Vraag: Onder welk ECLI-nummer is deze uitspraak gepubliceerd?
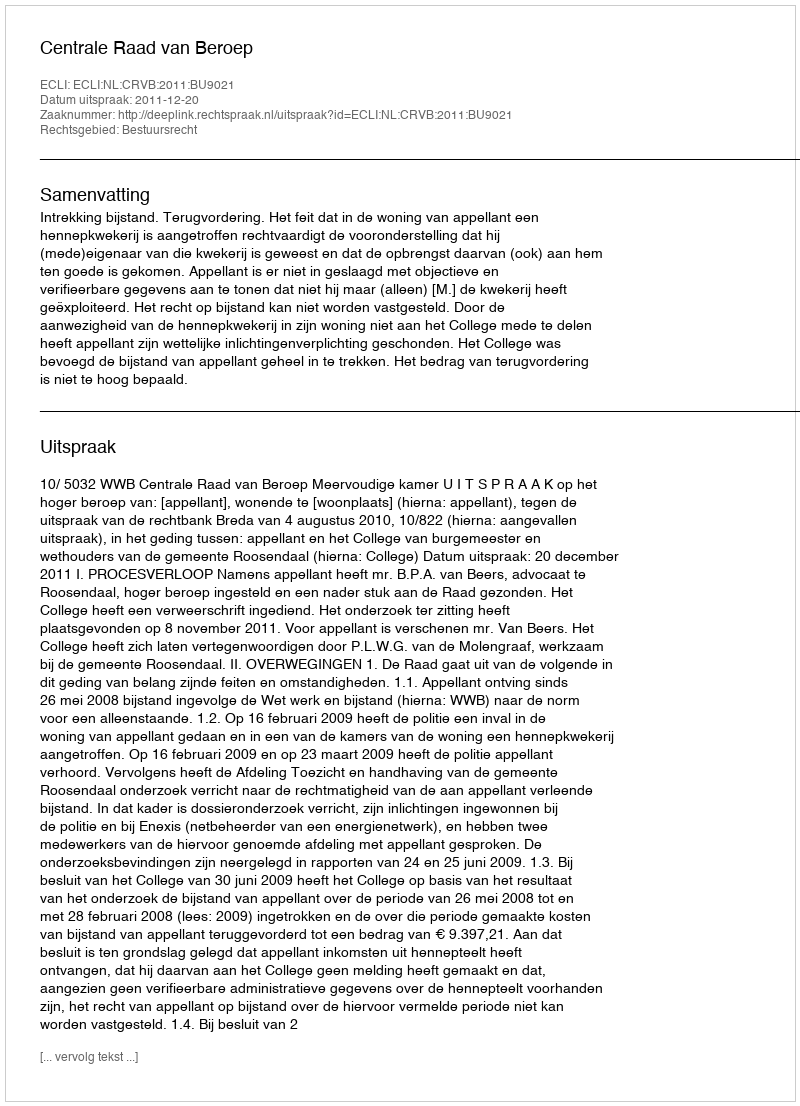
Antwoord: ECLI:NL:CRVB:2011:BU9021